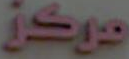
مركز